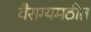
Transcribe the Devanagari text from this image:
वैराग्यमठीत